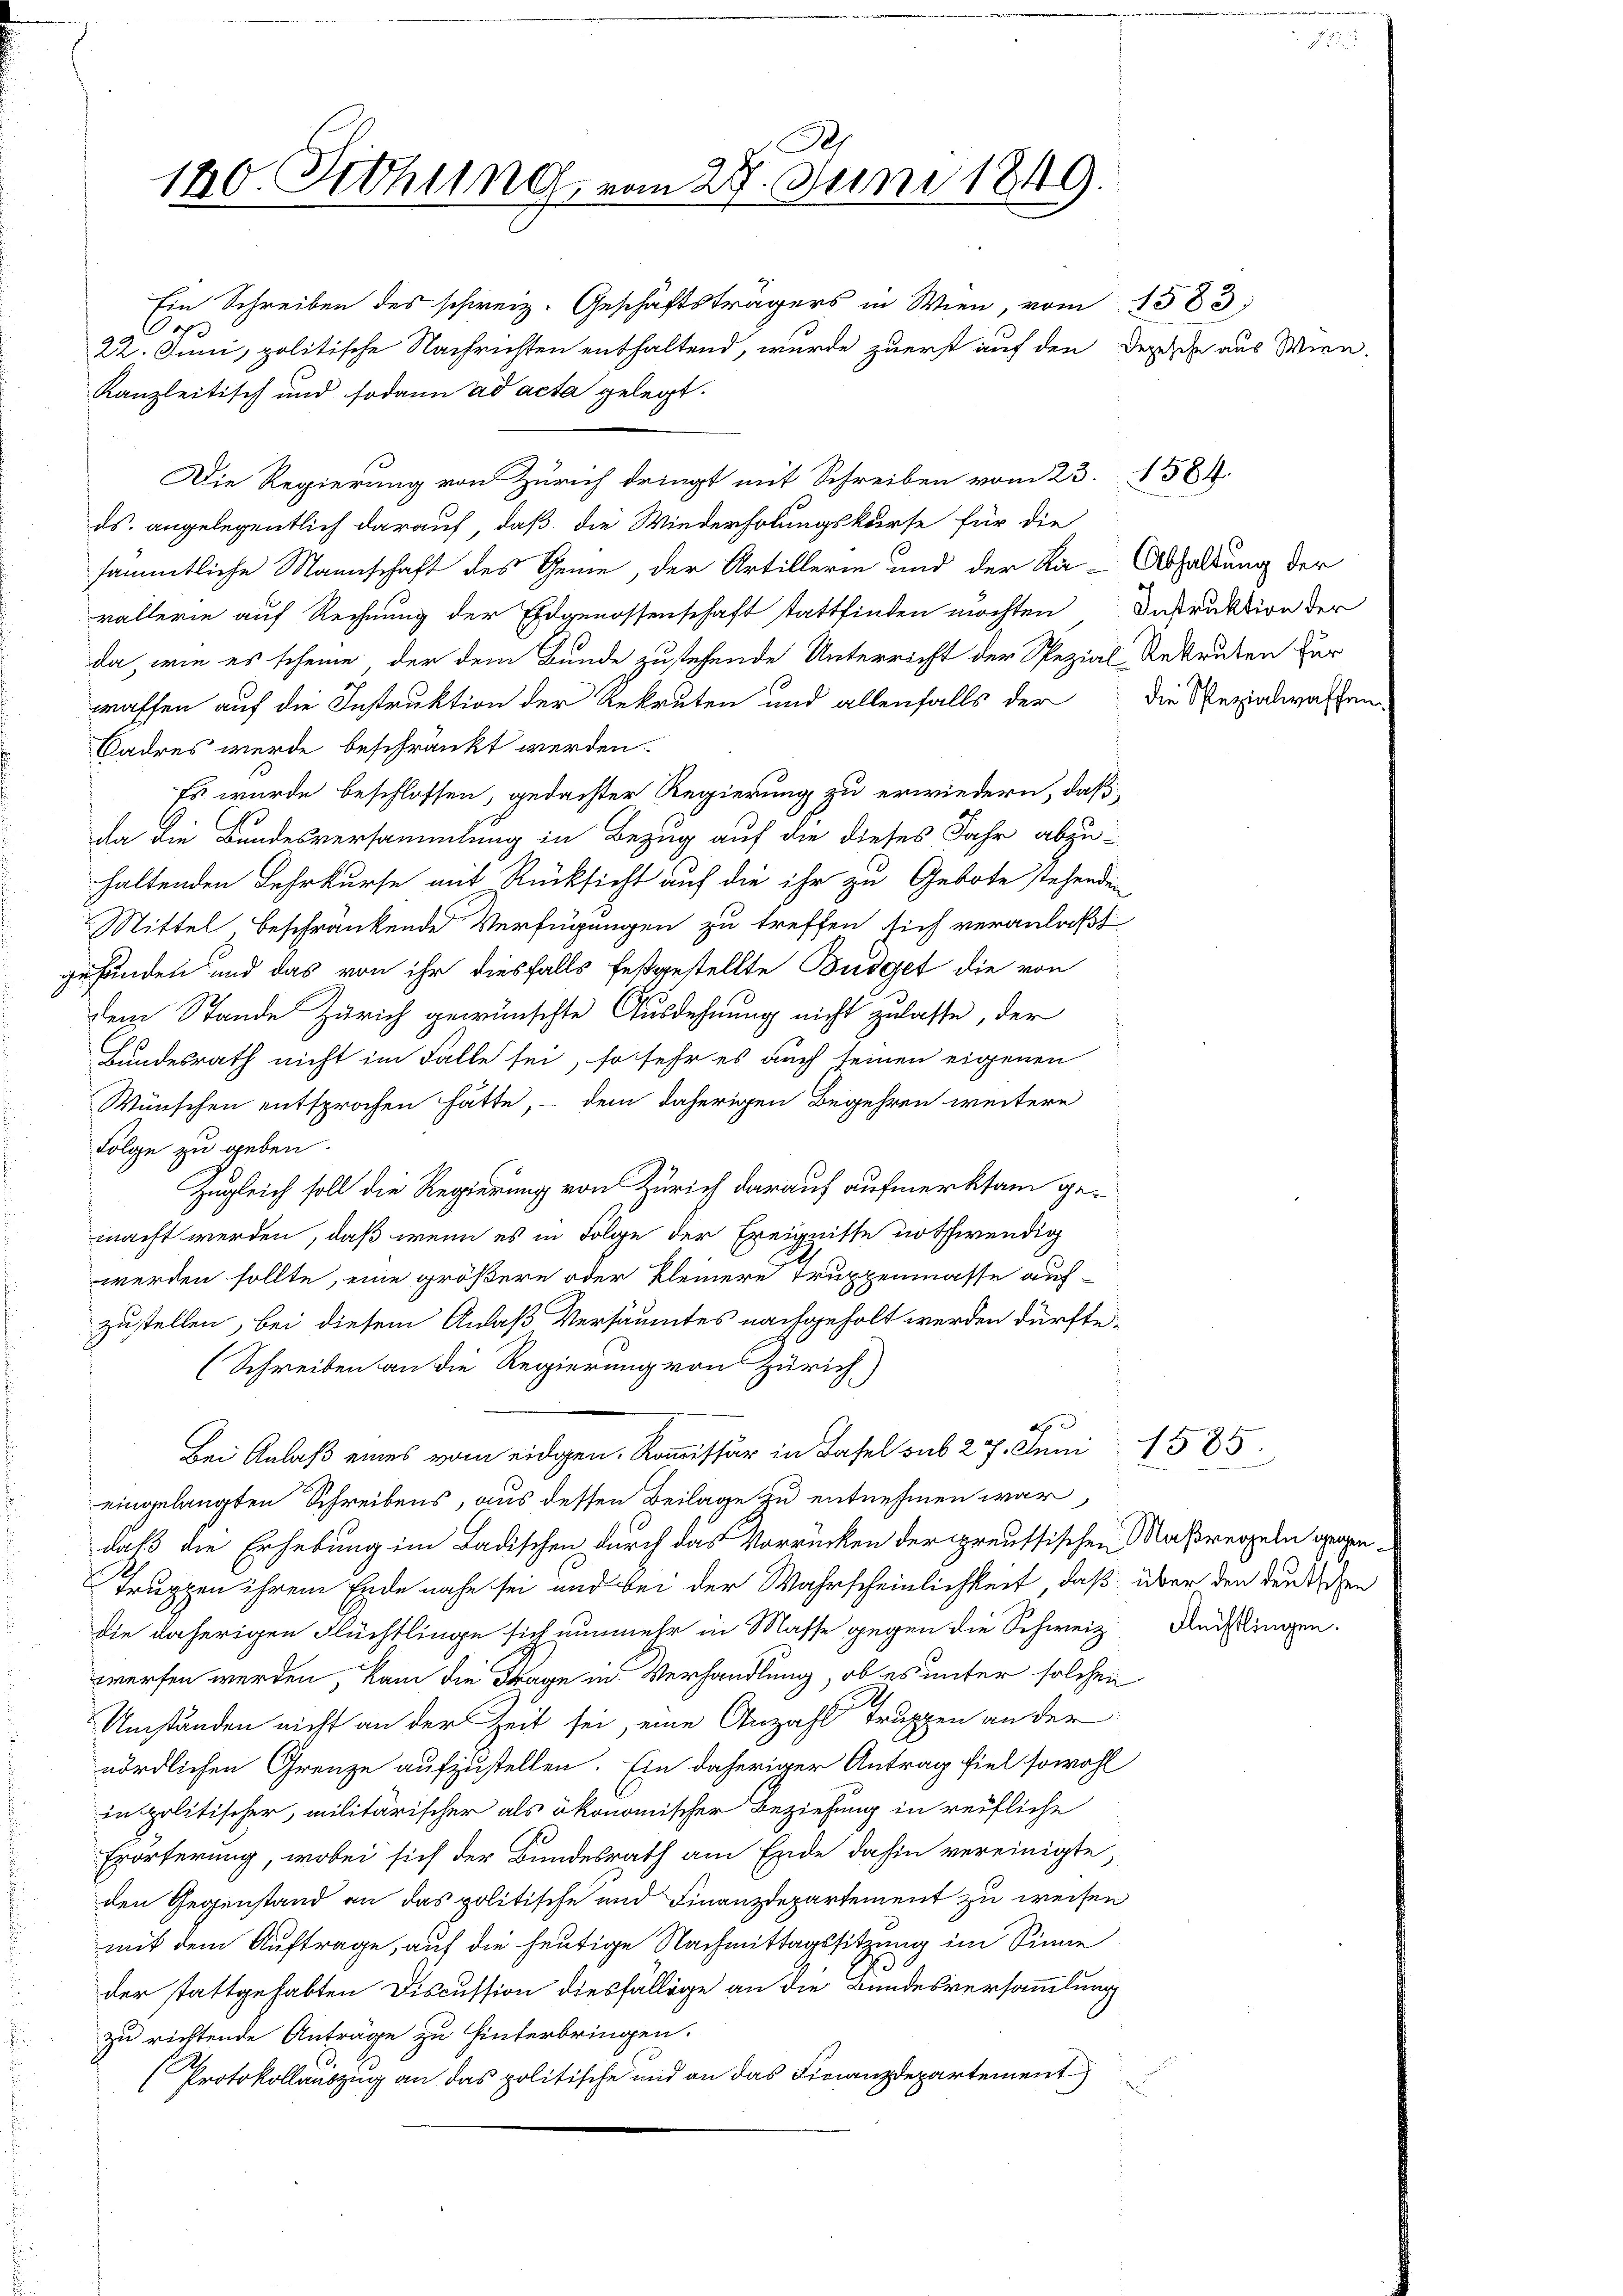
Ein Schreiben des schweiz. Geschäftsträgers in Wien, vom 1583.
Oop
22. Juni, politische Nachrichten enthaltend, wurde zuerst auf den Dezische aus Wien.
Kanzleitisch und sodann ad acta gelegt.

Die Regierung von Zürich dringt mit Schreiben vom 23. 584.
ds. angelegentlich darauf, daß die Wiederholungskurse für die
sämmtliche Mannschaft des Geme, der Artillerie und der Ka-Abhaltung der
vallerie auf Rechnung der Eidgenossenschaft stattfinden möchten Instruktion der
da, wie es scheine der dem Bunde zustehende Unterricht der Rezial-Rekruten für
waffen auf die Instruktion der Rekruten und allenfalls der die Rezialwaffen
Cadres werde beschränkt werden.
Es wurde beschlossen, gedachter Regierung zu erwiedern, daß
fa die Bundesversammlung in Bezug auf die dieses Jahr abzuhaltenden Lehrkurse mit Rücksicht auf die ihr zu Gebote stehenden
Mittel beschränkende Verfügungen zu treffen sich veranlaßt
gefunden und das von ihr diesfalls festgestellte Budget die von
dem Stande Zürich gewünschte Ausdehnung nicht zulasse, der
Hundesrath nicht im Falle sei, so sehr es auch seinen eigenen
Wünschen entsprochen hätte, – dem daherigen Begehren weitere
Folge zu geben.
Zugleich soll die Regierung von Zürich darauf aufmerksam gemacht werden, daß wenn es in Folge der Ereignisse nothwendig
werden sollte, eine größere oder kleinere Truppenmasse auf-
zustellen, bei diesem Anlaß Versäumtes nachgeholt werden dürfte.
(Schreiben an die Regierung von Zürich)
4
Bei Anlaß eines vom eidgen. Kommissär in Basel sub 27. Juni
eingelangten Schreibens, aus dessen Beilage zu entnehmen war
daß die Erhebung im Ladischen durch das Vorrücken der preussischen Maßregeln gegen¬
Truppen ihrem Ende nahe sei und bei der Wahrscheinlichkeit, daß über den deutschen
die daherigen Flüchtlinge sich nunmehr in Masse gegen die Schweiz. Reißlingen.
werfen werden, kam die Frage in Verhandlung, ob es unter solchen
Umständen nicht an der Zeit sei, eine Anzahl Truppen an der
nördlichen Grenze aufzustellen. Ein daheriger Antrag fiel sowohl
in politischer, militärischer als ökonomischer Beziehung in reifliche
Erörterung, wobei sich der Bundesrath am Ende dahin vereinigte,
den Gegenstand an das politische und Finanzdepartement zu weisen
mit dem Auftrage, auf die heutige Nachmittagssitzung im Sinne
der stattgehabten Discussion diesfällige an die Bundesversammlung
zu richtende Anträge zu hinterbringen.
(Protokollauszug an das politische und an das Finanzdepartement

R
180. Fethung, vom 27. Juni 1849.

1585.